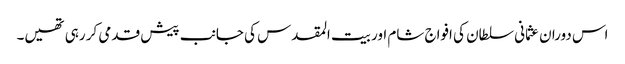
اس دوران عثمانی سلطان کی افواج شام اور بیت المقدس کی جانب پیش قدمی کر رہی تھیں۔